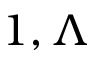
1 , \Lambda